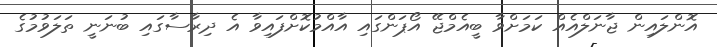
އޮންލައިން ޖާނަލްއެއް ކަމަށްވާ ބީއެމްޖޭ އޯޕަންގައި އާއްމުކޮށްފައިވާ އެ ދިރާސާގައި ބުނަނީ ތަލަވުމުގެ